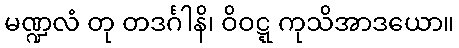
မဏ္ဍလံ တု တဒင်္ဂါနိ၊ ဝိဝဋ္ဋ ကုသိအာဒယော။